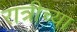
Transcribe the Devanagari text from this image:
रात्रीच्या